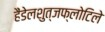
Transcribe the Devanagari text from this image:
हैंडेलशुत्जफ्लोटिले